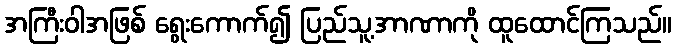
အကြီးဝါအဖြစ် ရွေးကောက်၍ ပြည်သူ့အာဏာကို ထူထောင်ကြသည်။